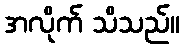
အလိုက် သိသည်။